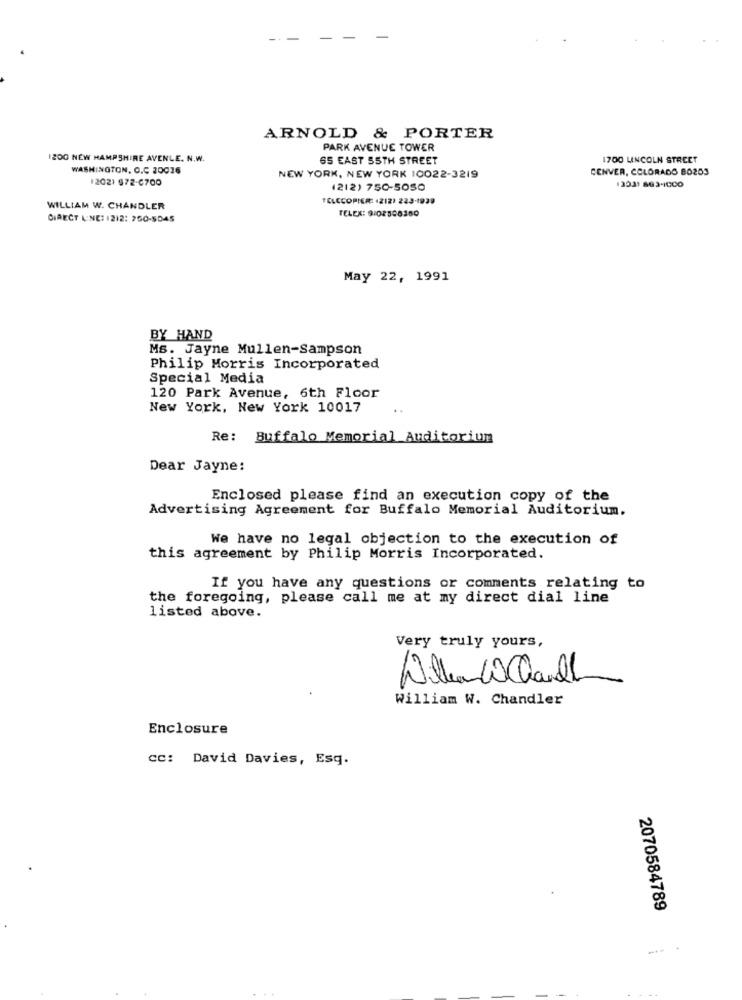
ARNOLD & PORTER
PARK AVENUE TOWER
1200 NEW HAMPSHIRE AVENLE. N.W.
65 EAST 55TH STREET
1700 LINCOLN STREET
WASHINGTON. O.C 20036
CENVER, COLORADO BO203
12021 972-6700
NEW YORK, NEW YORK 10022-3219
13031 8634000
(212) 750-5050
TELECOPIER: (212) 223-1939
WILLIAM W. CHANDLER
DIRECT LINE: 1212: 260-5D45
TELEX: 9/02508360
May 22, 1991
BY HAND
Ms. Jayne Mullen-Sampson
Philip Morris Incorporated
Special Media
120 Park Avenue, 6th Floor
New York, New York 10017
Re: Buffalo Memorial Auditorium
Dear Jayne:
Enclosed please find an execution copy of the
Advertising Agreement for Buffalo Memorial Auditorium.
We have no legal objection to the execution of
this agreement by Philip Morris Incorporated.
If you have any questions or comments relating to
the foregoing, please call me at my direct dial line
listed above.
Very truly yours,
Willianda Chaul
William W. Chandler
Enclosure
cc: David Davies, Esq.
2070584789